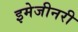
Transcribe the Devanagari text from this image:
इमेजीनरी